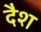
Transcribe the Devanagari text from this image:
दैश